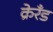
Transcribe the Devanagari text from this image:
क्रेरँड